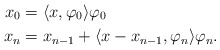
\begin{align*}x_0&=\langle x,\varphi_0\rangle \varphi_0\\x_n&=x_{n-1}+\langle x-x_{n-1},\varphi_n\rangle \varphi_n.\end{align*}